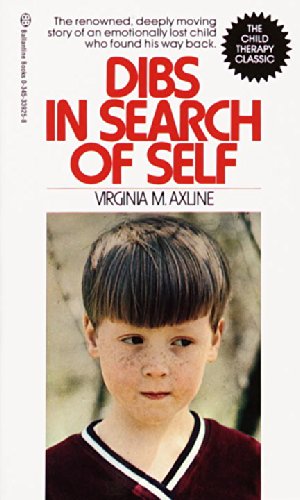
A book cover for Dibs in Search of Self; Virginia M. Axline; Medical Books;